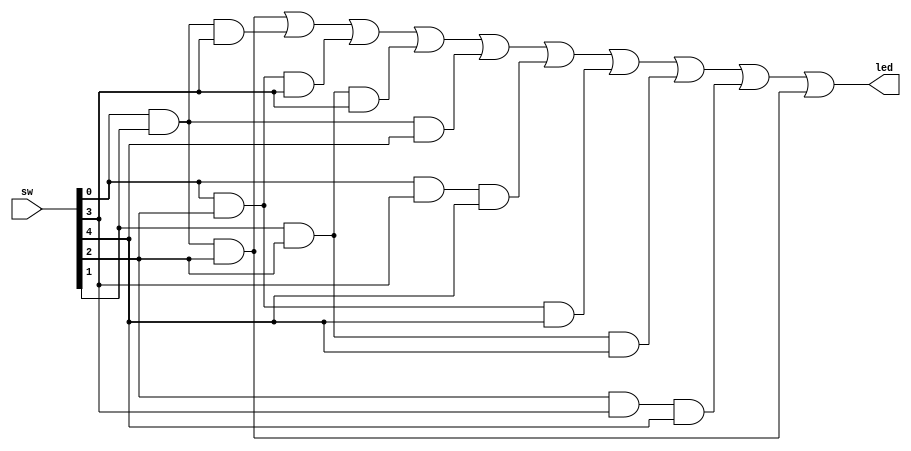
module Maj(
    input [4:0] sw,
    output [0:0] led
    );
    assign led = (sw[0]&sw[1]&sw[2]) | // ABC
                 (sw[0]&sw[1]&sw[3]) | // ABD
                 (sw[0]&sw[2]&sw[3]) | // ACD
                 (sw[1]&sw[2]&sw[3]) | // BCD
                 (sw[0]&sw[1]&sw[4]) | // ABE
                 (sw[0]&sw[3]&sw[4]) | // ADE
                 (sw[0]&sw[2]&sw[4]) | // ACE
                 (sw[1]&sw[2]&sw[4]) | // CDE
                 (sw[2]&sw[3]&sw[4]) | // BDE
                 (sw[0]&sw[1]&sw[2]) ;
endmodule





module Maj_tb();
    reg [4:0] sw;
    wire led;
    
    Maj uut (.sw(sw), .led(led));
    initial begin 
        sw = 7;
        #100;
        
        sw = 3;
        #100;
        end
endmodule